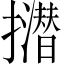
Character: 𢸝